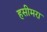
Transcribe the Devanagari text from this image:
हसीमरा